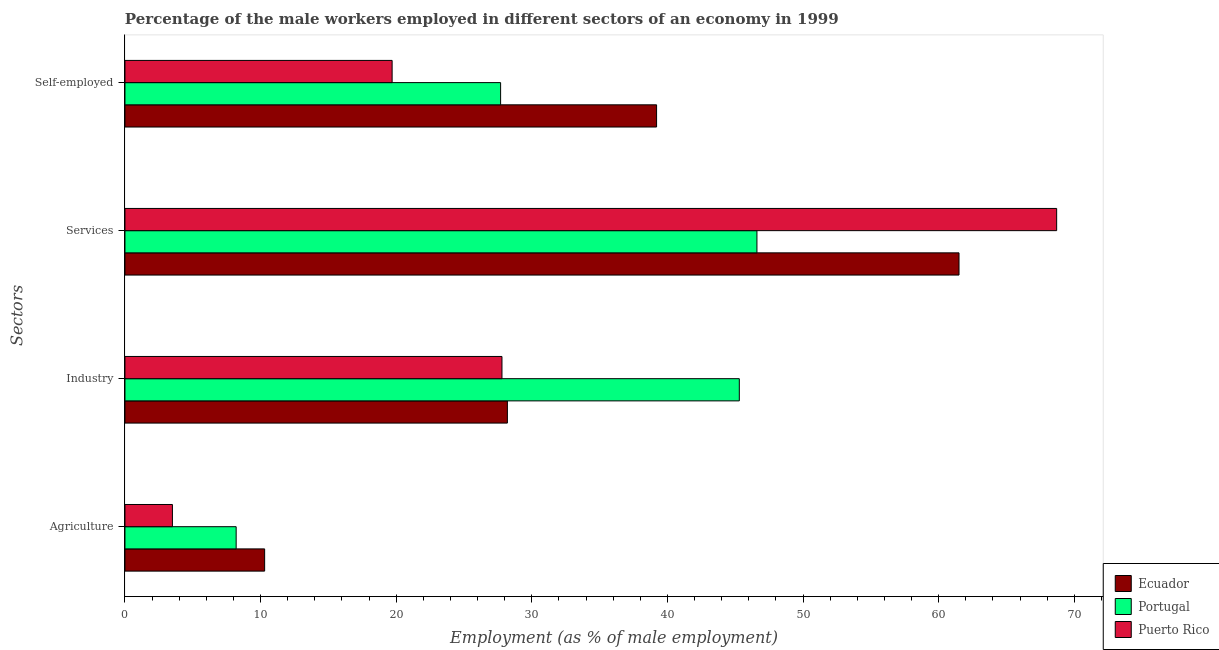
| Sectors | Ecuador | Portugal | Puerto Rico |
 | --- | --- | --- | --- |
 | Agriculture | 10.3 | 8.2 | 3.5 |
 | Industry | 28.2 | 45.3 | 27.8 |
 | Services | 61.5 | 46.6 | 68.7 |
 | Self-employed | 39.2 | 27.7 | 19.7 |